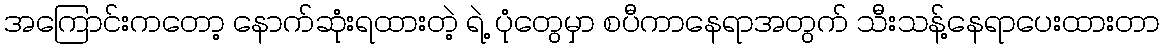
အကြောင်းကတော့ နောက်ဆုံးရထားတဲ့ ရဲ့ ပုံတွေမှာ စပီကာနေရာအတွက် သီးသန့်နေရာပေးထားတာ